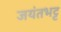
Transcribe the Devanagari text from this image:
जयंतभट्ट